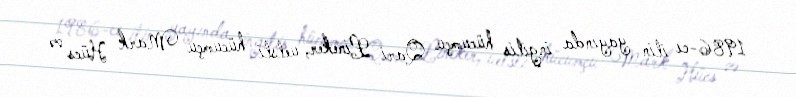
1986-cı ilin yayında ingilis hücumçu Qari Lineker, uelsli hücumçu Mark Hücs və